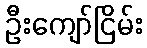
ဦးကျော်ငြိမ်း